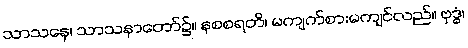
သာသနေ၊ သာသနာတော်၌။ နစစရတိ၊ မကျက်စားမကျင်လည်။ ဗုဒ္ဓံ၊